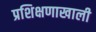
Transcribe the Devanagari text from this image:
प्रशिक्षणाखाली